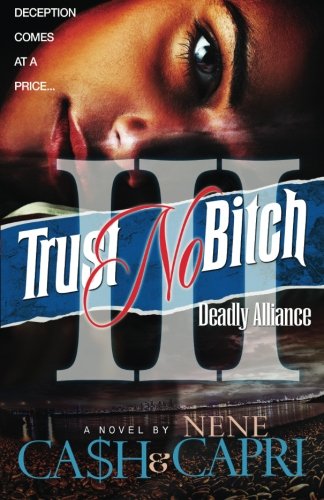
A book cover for Trust No Bitch 3: Deadly Alliance (Volume 3); Ca$h; Literature & Fiction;